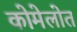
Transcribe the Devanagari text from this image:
कोमेलोत